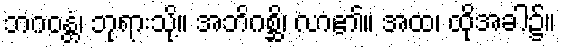
ဘဂဝန္တံ၊ ဘုရားသို့။ အဘိဂစ္ဆိ၊ လာ၏။ အထ၊ ထိုအခါ၌။